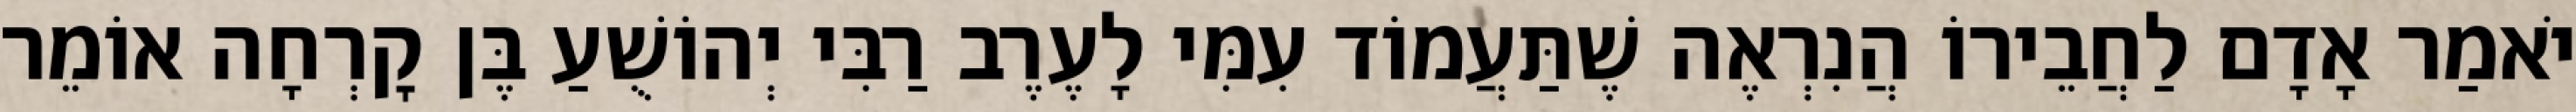
יֹאמַר אָדָם לַחֲבֵירוֹ הֲנִרְאֶה שֶׁתַּעֲמוֹד עִמִּי לָעֶרֶב רַבִּי יְהוֹשֻׁעַ בֶּן קׇרְחָה אוֹמֵר